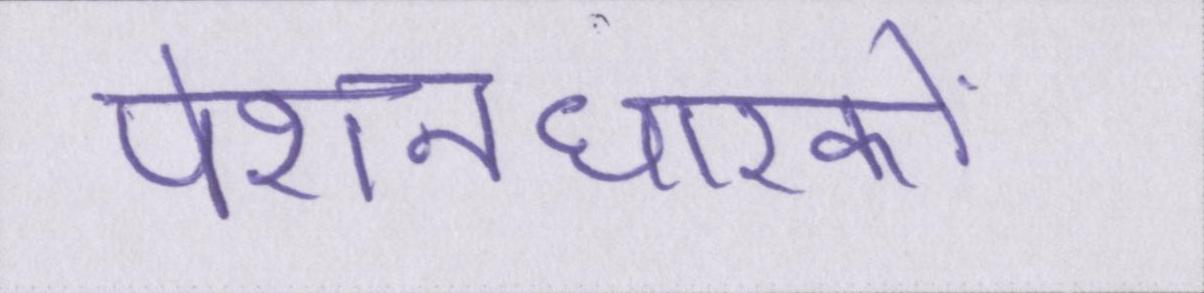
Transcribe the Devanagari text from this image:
पेंशनधारकों